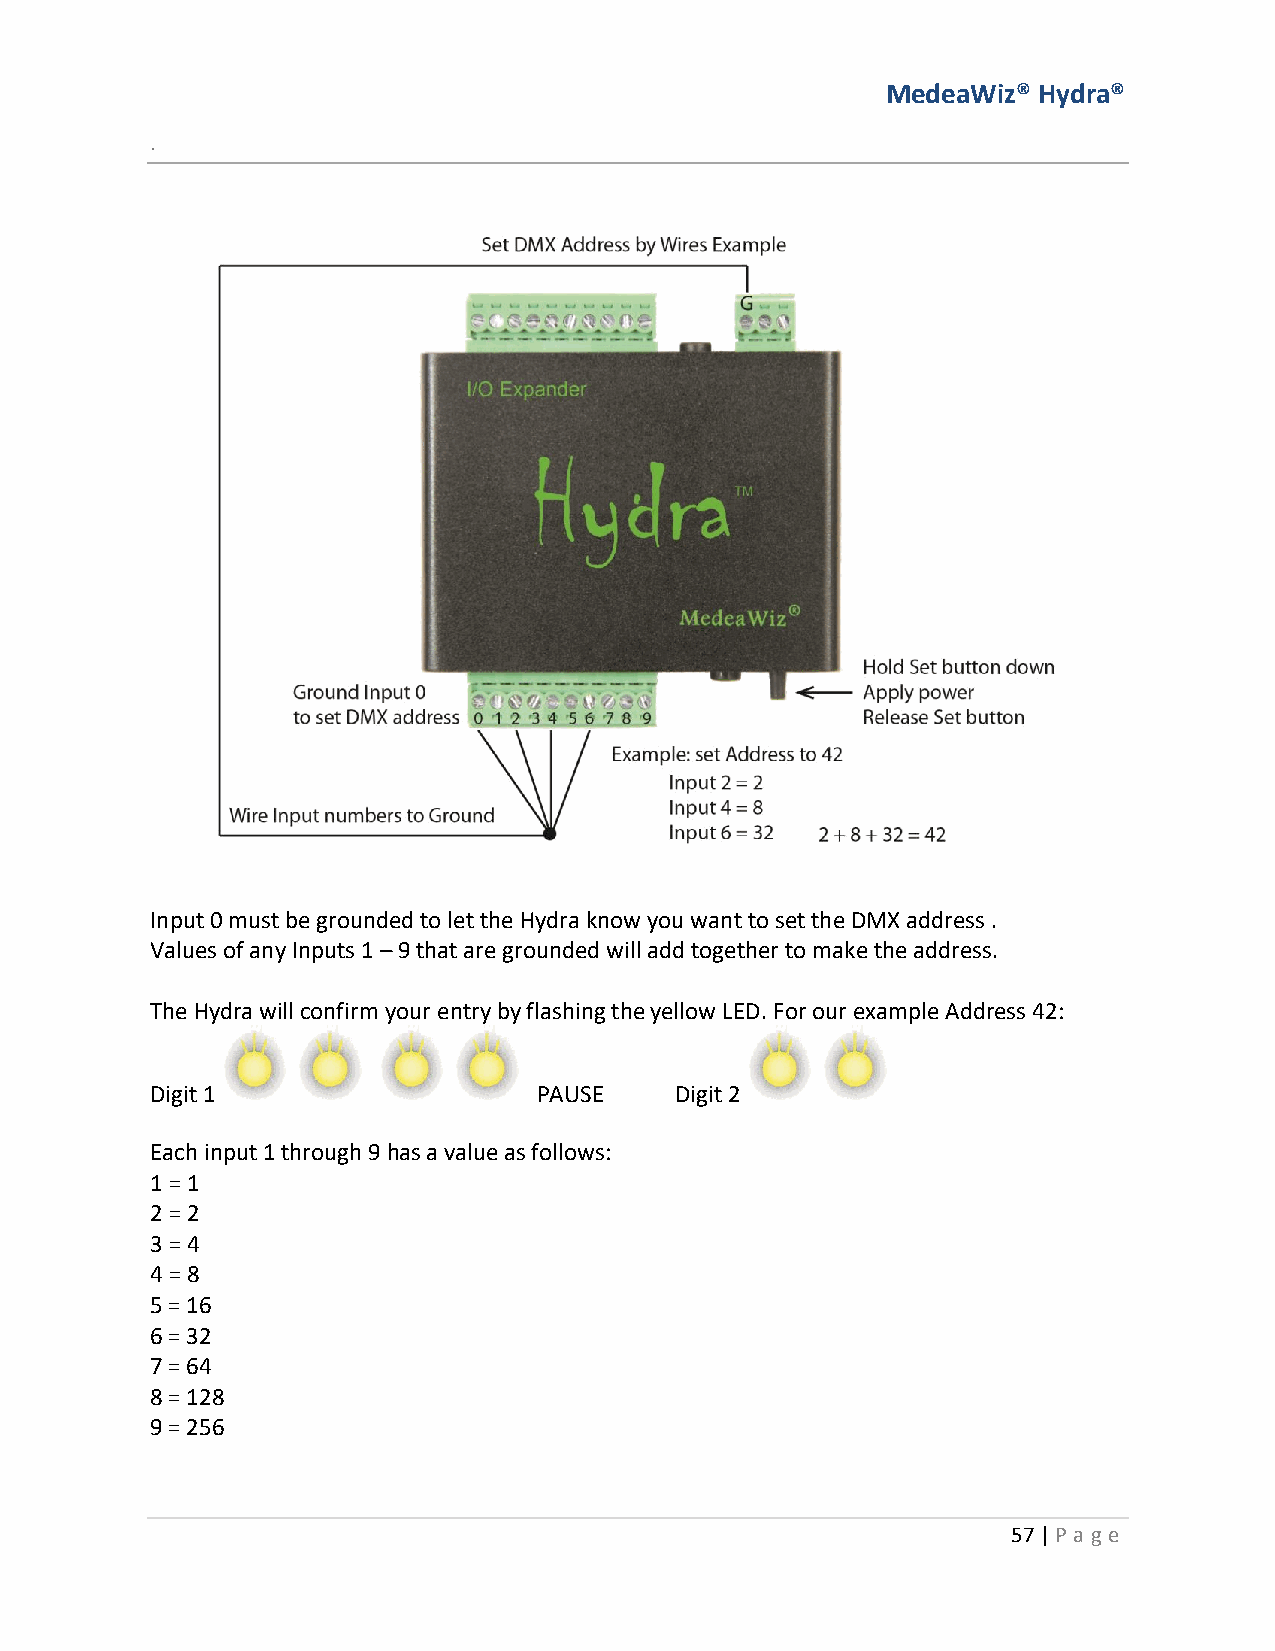
MedeaWiz® Hydra®
 .
 Input 0 must be grounded to let the Hydra know you want to set the DMX address .
 Values of any Inputs 1 – 9 that are grounded will add together to make the address.
 The Hydra will confirm your entry by flashing the yellow LED. For our example Address 42:
 Digit 1                   PAUSE    Digit 2
 Each input 1 through 9 has a value as follows:
 1 = 1
 2 = 2
 3 = 4
 4 = 8
 5 = 16
 6 = 32
 7 = 64
 8 = 128
 9 = 256
 57 | P age